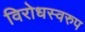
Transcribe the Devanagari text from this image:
विरोधस्वरुप